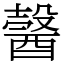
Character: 𨢋